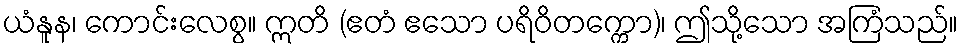
ယံနူန၊ ကောင်းလေစွ။ ဣတိ (ဧတံ ဧသော ပရိဝိတက္ကော)၊ ဤသို့သော အကြံသည်။